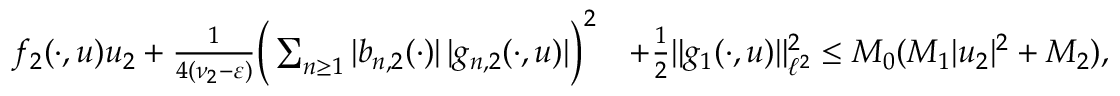
\begin{array} { r l } { { f } _ { 2 } ( \cdot , u ) u _ { 2 } + \frac { 1 } { 4 ( \nu _ { 2 } - \varepsilon ) } \Big ( \sum _ { n \geq 1 } | b _ { n , 2 } ( \cdot ) | \, | g _ { n , 2 } ( \cdot , u ) | \Big ) ^ { 2 } } & { + \frac 1 2 \| g _ { 1 } ( \cdot , u ) \| _ { \ell ^ { 2 } } ^ { 2 } \leq M _ { 0 } ( M _ { 1 } | u _ { 2 } | ^ { 2 } + M _ { 2 } ) , } \end{array}